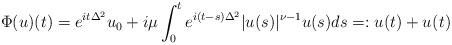
LaTeX: \begin{align*}\Phi(u)(t)= e^{it\Delta^2} u_0 + i\mu \int_0^t e^{i(t-s)\Delta^2}|u(s)|^{\nu-1} u(s) ds=: u_{}(t)+ u_{}(t) \end{align*}